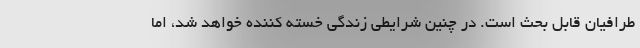
طرافیان قابل بحث است. در چنین شرایطی زندگی خسته کننده خواهد شد، اما